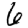
Digit: 6